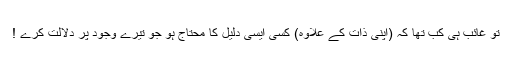
تو غائب ہی کب تھا کہ (اپنی ذات کے علاوہ) کسی ایسی دلیل کا محتاج ہو جو تیرے وجود پر دلالت کرے !